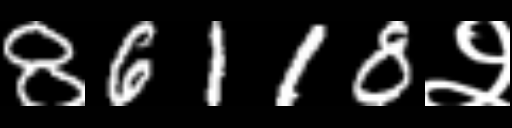
Text: 86118२